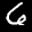
Label: 6